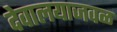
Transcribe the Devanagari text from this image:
देवालयाजवळ